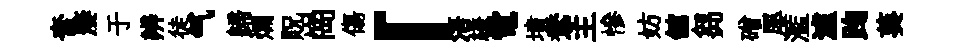
奮嫠于辨徒气歸爛貺崗傷「浯縑電墳鴦主慘妨舘芻磳屡濫瀘踘葵